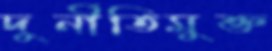
দুর্নীতিমুক্ত